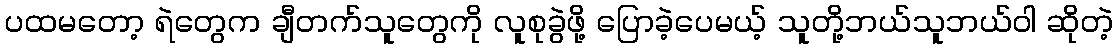
ပထမတော့ ရဲတွေက ချီတက်သူတွေကို လူစုခွဲဖို့ ပြောခဲ့ပေမယ့် သူတို့ဘယ်သူဘယ်ဝါ ဆိုတဲ့